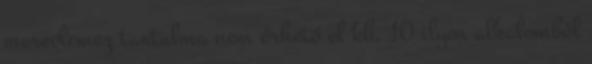
merevlemez tartalma nem érhető el kb. 10 ilyen alkalomból